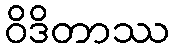
ဝိဒိတာဿ